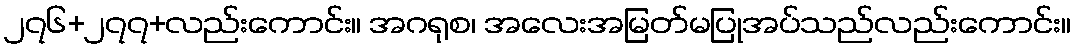
၂၇၆+၂၇၇+လည်းကောင်း။ အဂရုစ၊ အလေးအမြတ်မပြုအပ်သည်လည်းကောင်း။